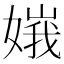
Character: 𡟶